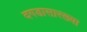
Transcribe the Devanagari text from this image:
दगडासारख्या